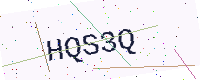
Text: HQS3Q